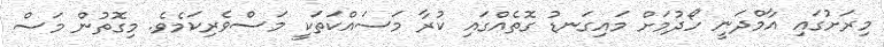
މިރަށުގައި އާމްދަނީ ހޯދުމަށް މައިގަނޑު ގޮތެއްގައި ކުރާ މަސައްކަތަކީ މަސްވެރިކަމެވެ. މިގޮތުން މަސް